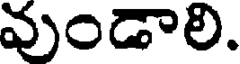
వుండాలి.